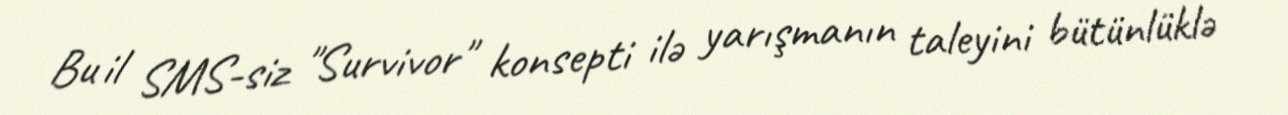
Bu il SMS-siz "Survivor" konsepti ilə yarışmanın taleyini bütünlüklə